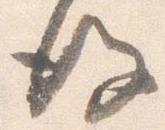
後